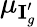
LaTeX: \mu_{\textbf{I}_{g}^{\prime}}